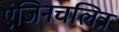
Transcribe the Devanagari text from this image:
एंजिनचलित्र